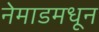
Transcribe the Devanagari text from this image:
नेमाडमधून